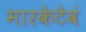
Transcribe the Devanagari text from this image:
मारकेटेवं